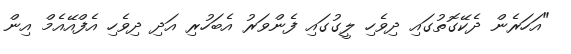
"އަހަރެން ދެކޭގޮތުގައި ދިވެހި ލީގުގައި ފެންވަރު އެބަހުރި އަދި ދިވެހި އެފްއޭއެމް އިން